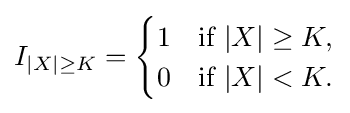
I_{|X|\geq K}={\begin{cases}1&{\text{if }}|X|\geq K,\\0&{\text{if }}|X|<K.\end{cases}}